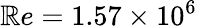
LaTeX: \mathbb{R}e=1.57\times10^{6}